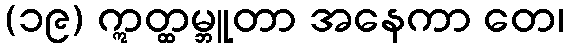
(၁၉) ဣတ္ထမ္ဘူတာ အနေကာ တေ၊